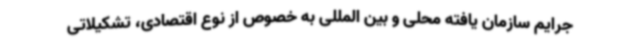
جرایم سازمان یافته محلی و بین المللی به خصوص از نوع اقتصادی، تشکیلاتی